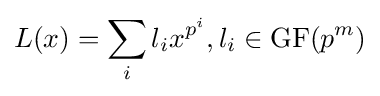
L(x)=\sum _{i}l_{i}x^{p^{i}},l_{i}\in \mathrm {GF} (p^{m})